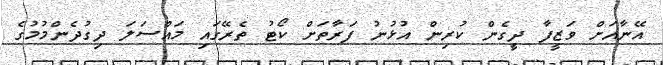
އޭނާއަށް ވަޒީފާ ދީގެން ކުރިން އުޅުނު ފަރާތަށް ކޯޓު ތެރޭގައި މައްސަލަ ދިގުދެންމުމުގެ